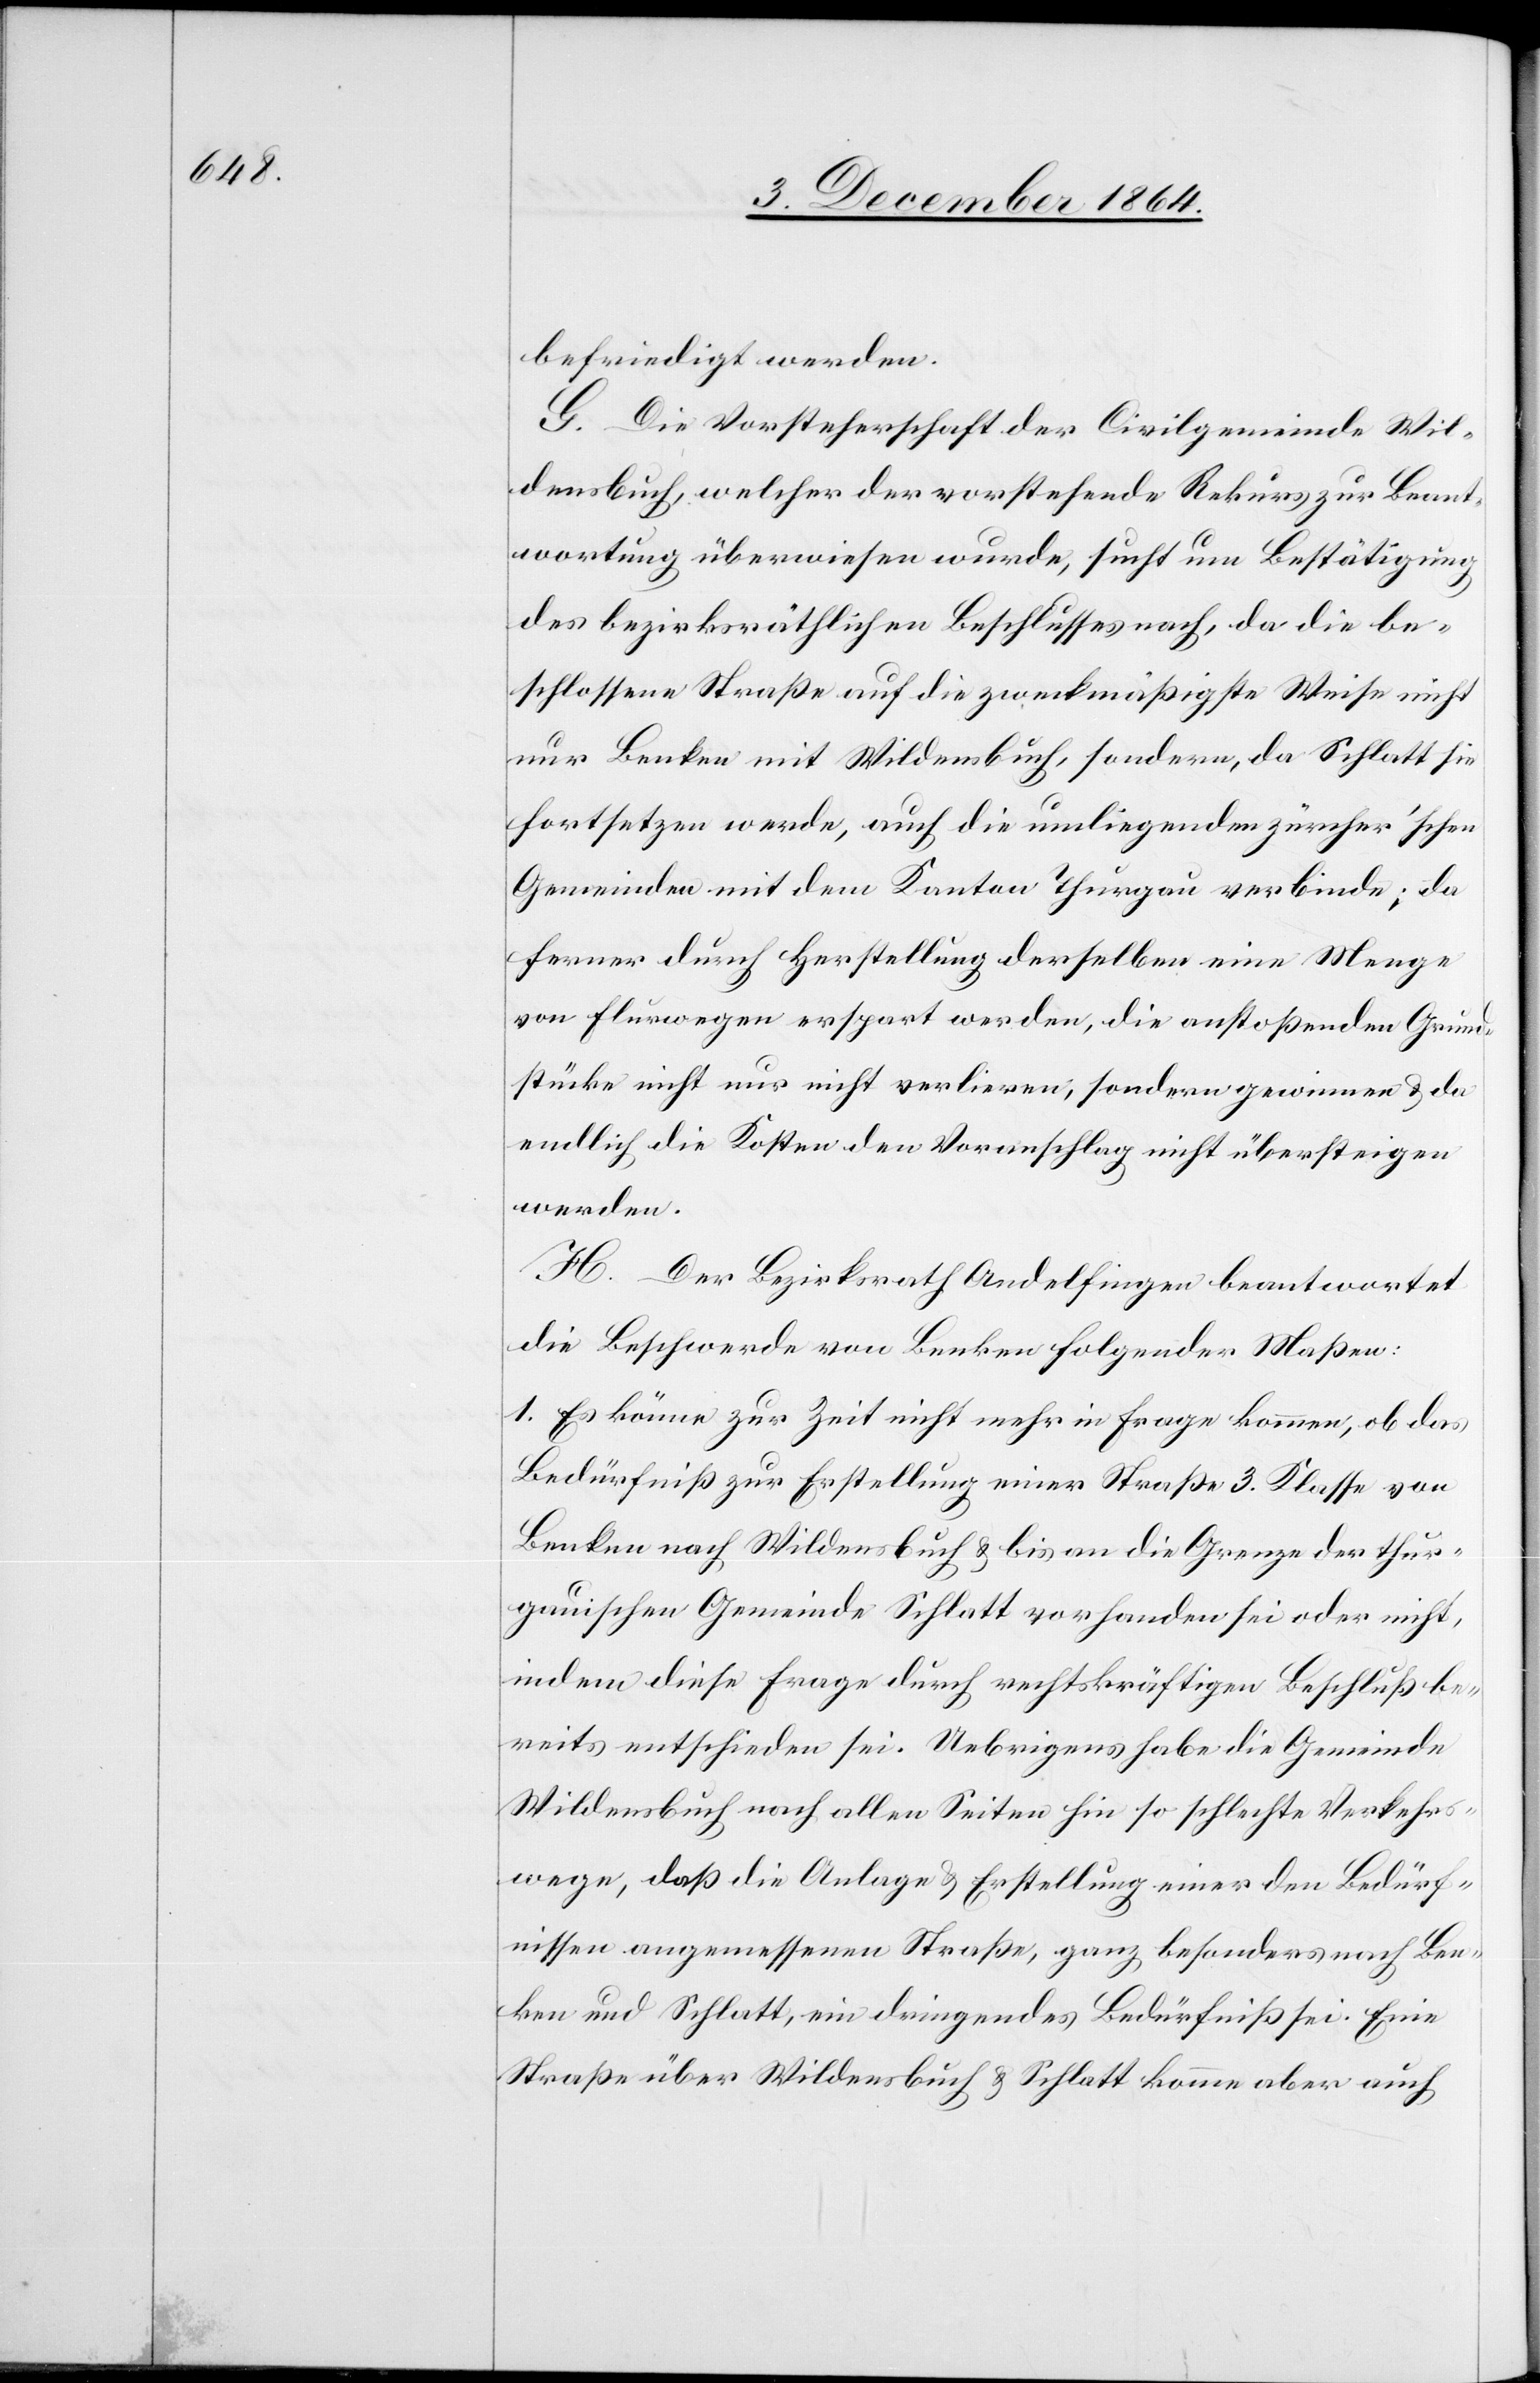
befriedigt werden.
G. Die Vorsteherschaft der Civilgemeinde Wil¬
densbuch welcher der vorstehende Rekurs zur Beant¬
wortung überwiesen wurde, sucht um Bestätigung
des bezirksräthlichen Beschlusses nach, da die be¬
schlossene Straße auf die zweckmäßigste Weise nicht
nur Benken mit Wildensbuch, sondern, da Schlatt sie
fortsetzen werde, auch die umliegenden zürcher’schen
Gemeinden mit dem Kanton Thurgau verbinde; da
ferner durch Herstellung derselben eine Menge
von Flurwegen erspart werden, die anstoßenden Grund¬
stücke nicht nur nicht verlieren, sondern gewinnen & da
endlich die Kosten den Voranschlag nicht übersteigen
werden.
H. Der Bezirksrath Andelfingen beantwortet
die Beschwerde von Benken folgender Maßen:
1. Es könne zur Zeit nicht mehr in Frage kommen, ob das
Bedürfniß zur Erstellung einer Straße 3. Klasse von
Benken nach Wildensbuch & bis an die Grenze der thur¬
gauischen Gemeinde Schlatt vorhanden sei oder nicht,
indem diese Frage durch rechtskräftigen Beschluß be¬
reits entschieden sei. Uebrigens habe die Gemeinde
Wildensbuch nach allen Seiten hin so schlechte Verkehr¬
swege, daß die Anlage & Erstellung einer den Bedürf¬
nissen angemessenen Straße, ganz besonders nach Ben¬
ken und Schlatt, ein dringendes Bedürfniß sei. Eine
Straße über Wildensbuch & Schlatt komme aber auch